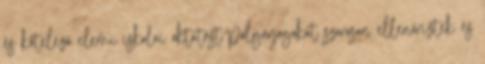
és kötelező elemi iskolai oktatást polgárjogokat szorosan ellenőrizték és